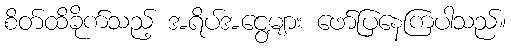
စိတ်ထိခိုက်သည့် အရိပ်အငွေ့များ ဖော်ပြနေကြပါသည်။